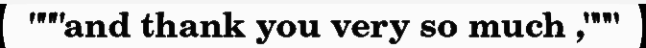
"""and thank you very so much ,"""